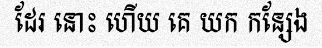
ដែរ នោះ ហើយ គេ យក កន្សែង